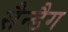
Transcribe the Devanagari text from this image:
सैन्डैग